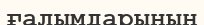
ғалымдарынын